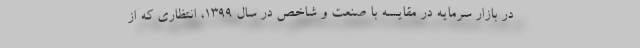
در بازار سرمایه در مقایسه با صنعت و شاخص در سال 1399، انتظاری که از